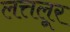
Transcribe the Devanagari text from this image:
लत्तलूर